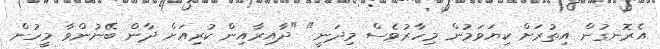
އެރޮނގުން އިތުރަށް ކިޔަވަމުން މިހާރުވެސް މިދަނީ" "ދާއިރާއިން ކުރިއަށް ދާން ބޭނުންވާ މީހުން